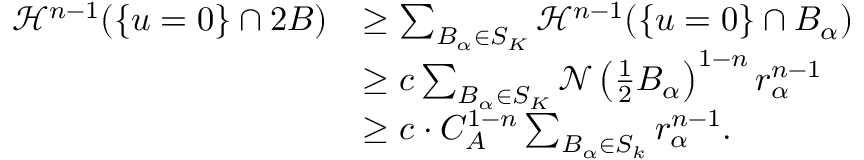
\begin{array} { r l } { \mathcal { H } ^ { n - 1 } ( \{ u = 0 \} \cap 2 B ) } & { \geq \sum _ { B _ { \alpha } \in S _ { K } } \mathcal { H } ^ { n - 1 } ( \{ u = 0 \} \cap B _ { \alpha } ) } \\ & { \geq c \sum _ { B _ { \alpha } \in S _ { K } } \mathcal { N } \left( \frac { 1 } { 2 } B _ { \alpha } \right) ^ { 1 - n } r _ { \alpha } ^ { n - 1 } } \\ & { \geq c \cdot C _ { A } ^ { 1 - n } \sum _ { B _ { \alpha } \in S _ { k } } r _ { \alpha } ^ { n - 1 } . } \end{array}